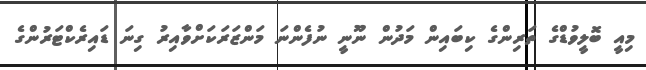
މިއީ ބޮލީވުޑްގެ ތަރިންގެ ކިބައިން މަދުން ނޫނީ ނުފެންނަ މަންޒަރަކަށްވާއިރު ގިނަ ޑައިރެކްޓަރުންގެ